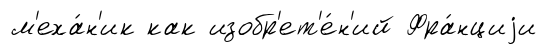
м'еха́н'ик как изобр'ет'е́н'ий Фра́нциjи